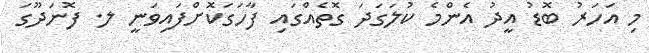
މި އަހަރު ބޮޑު އީދު އެންމެ ކުލަގަދަ ގޮތެއްގައި ފާހަގަކޮށްފައިވަނީ ލ. ފޮނަދޫގަ